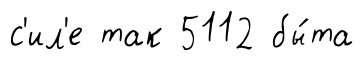
с'ил'е так 5112 бы́та